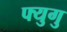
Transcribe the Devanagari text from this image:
फ्युगु